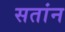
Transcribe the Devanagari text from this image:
सतांन